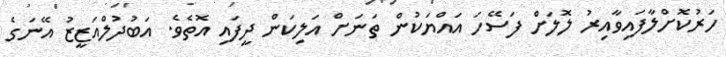
ހަރުކޮށްލާފައިވާއިރު ލޮލަށް ފަސޭހަ އައްޔަކުން ތަނަށް އަލިކަން ދީފައި އޮތެވެ. އަބުދުލްއަޒީޒު އޭނަގެ